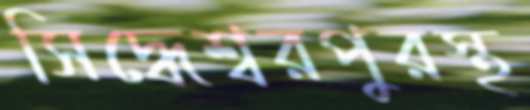
সিদ্ধেশ্বরপুরস্থ